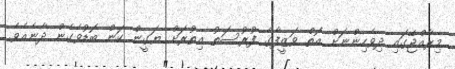
މިރާއްޖޭގައި ދިވެހިންނަށް އޮތް ވަޒީފާގެ ފުރުސަތު އިތުރަށް ޔަގީން ކަން ބޮޑުވެގެން ދާނެއެވެ.